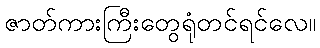
ဇာတ်ကားကြီးတွေရုံတင်ရင်လေ။